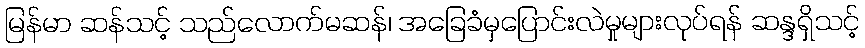
မြန်မာ ဆန်သင့် သည်လောက်မဆန်၊ အခြေခံမှပြောင်းလဲမှုများလုပ်ရန် ဆန္ဒရှိသင့်